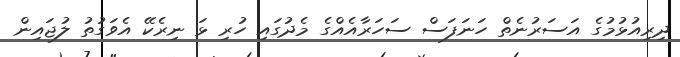
ދިރިއުޅުމުގެ އަސަރުނެތް ހަނަފަސް ސަހަރާއެއްގެ މެދުގައި ހުރި ޅަ ނިރެކޭ އެވަގުތު ލުޖައިން